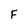
Character: F